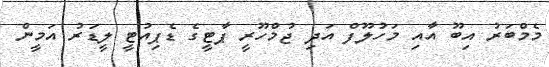
މެމްބަރު އިބޫ އާއި މަހުލޫފް އަދި ޖުމްހޫރީ ޕާޓީގެ ޑެޕިއުޓީ ލީޑަރު އަމީން